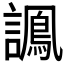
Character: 𧬽